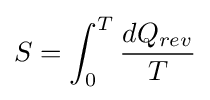
S=\int _{0}^{T}{dQ_{rev} \over T}